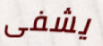
يشفى